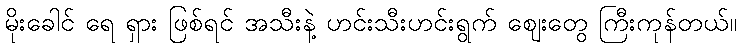
မိုးခေါင် ရေ ရှား ဖြစ်ရင် အသီးနဲ့ ဟင်းသီးဟင်းရွက် ဈေးတွေ ကြီးကုန်တယ်။